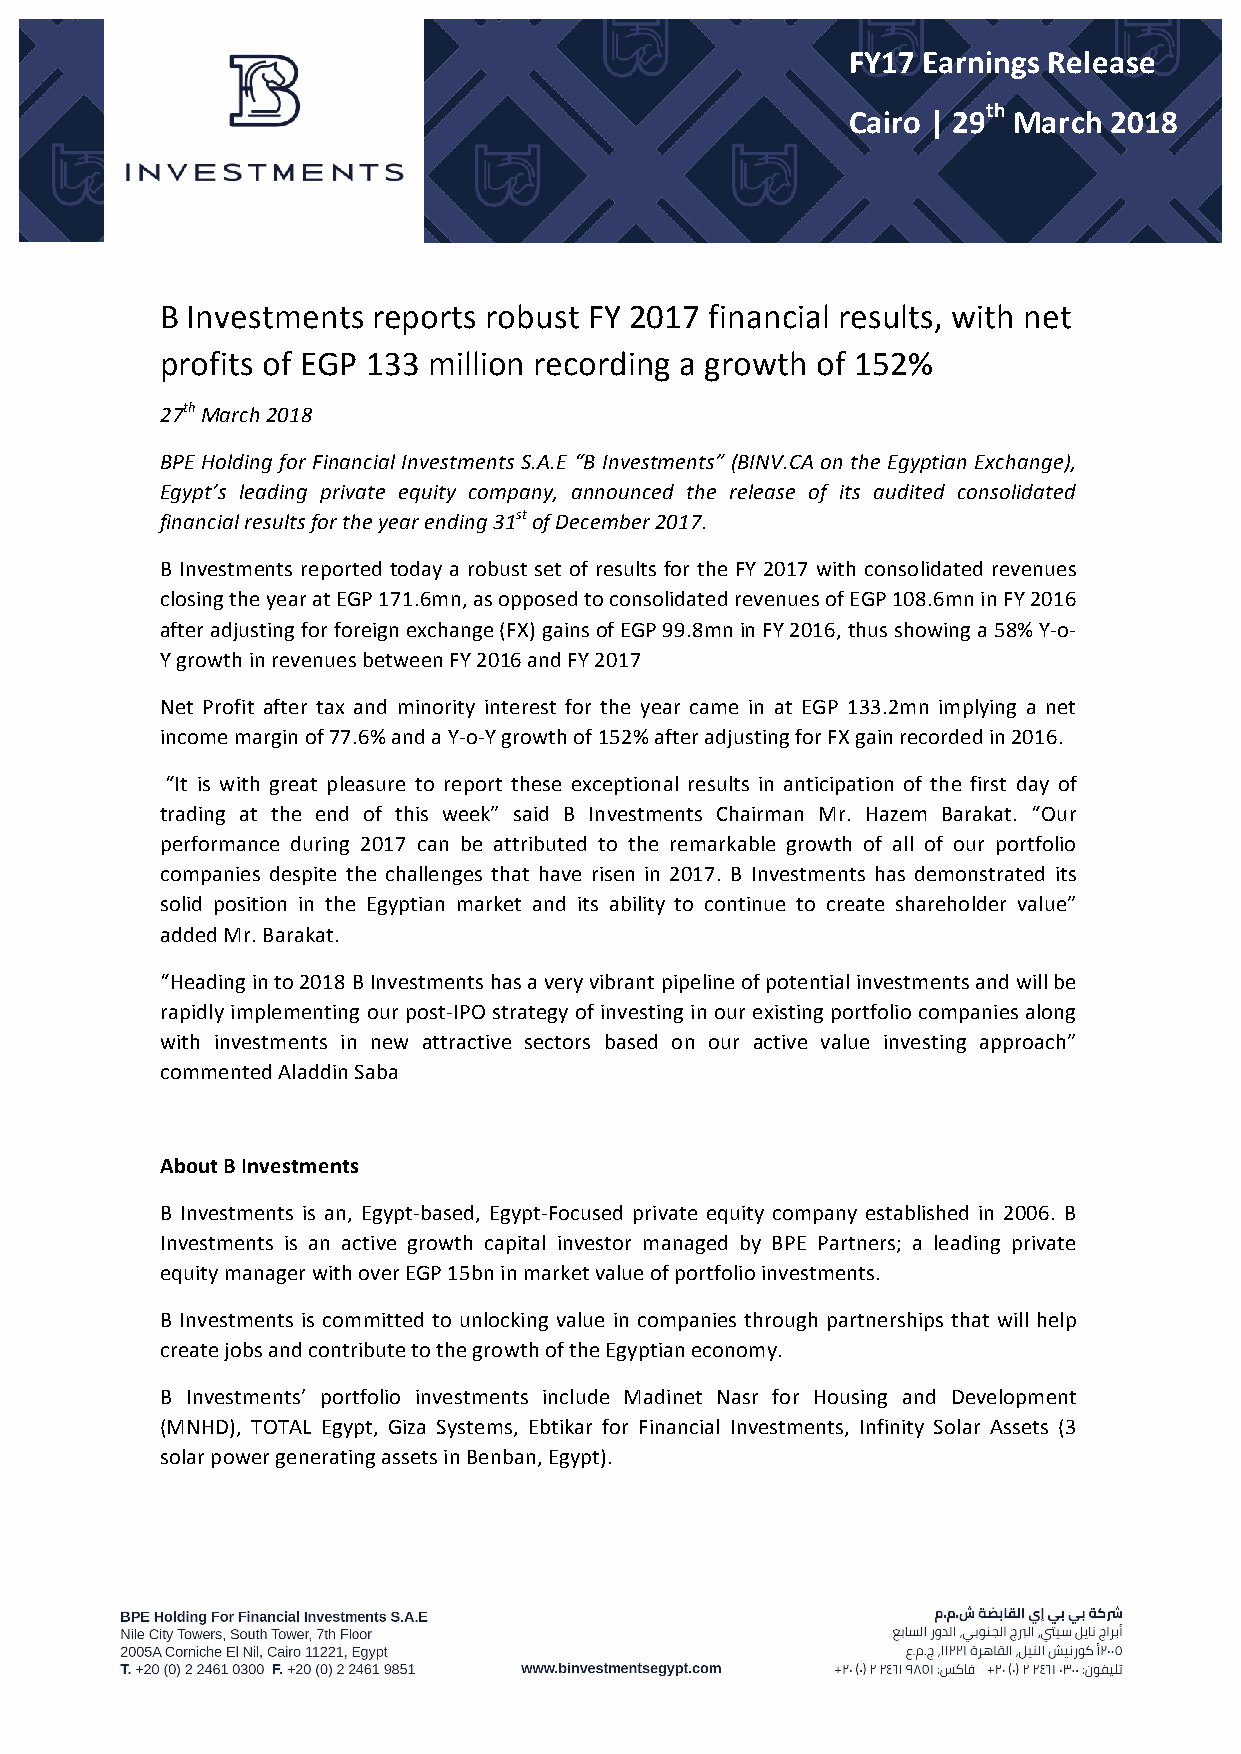
FY17 Earnings Release
 th
 Cairo | 29 March 2018
 B Investments reports robust FY 2017 financial results, with net
 profits of EGP 133 million recording a growth of 152%
 27th March 2018
 BPE Holding for Financial Investments S.A.E “B Investments” (BINV.CA on the Egyptian Exchange),
 Egypt’s leading private equity company, announced the release of its audited consolidated
 financial results for the year ending 31st of December 2017.
 B Investments reported today a robust set of results for the FY 2017 with consolidated revenues
 closing the year at EGP 171.6mn, as opposed to consolidated revenues of EGP 108.6mn in FY 2016
 after adjusting for foreign exchange (FX) gains of EGP 99.8mn in FY 2016, thus showing a 58% Y-­‐o-­‐
 Y growth in revenues between FY 2016 and FY 2017
 Net Profit after tax and minority interest for the year came in at EGP 133.2mn implying a net
 income margin of 77.6% and a Y-­‐o-­‐Y growth of 152% after adjusting for FX gain recorded in 2016.
 “It is with great pleasure to report these exceptional results in anticipation of the first day of
 trading at the end of this week” said B Investments Chairman Mr. Hazem Barakat. “Our
 performance during 2017 can be attributed to the remarkable growth of all of our portfolio
 companies despite the challenges that have risen in 2017. B Investments has demonstrated its
 solid position in the Egyptian market and its ability to continue to create shareholder value”
 added Mr. Barakat.
 “Heading in to 2018 B Investments has a very vibrant pipeline of potential investments and will be
 rapidly implementing our post-­‐IPO strategy of investing in our existing portfolio companies along
 with investments in new attractive sectors based on our active value investing approach”
 commented Aladdin Saba
 About B Investments
 B Investments is an, Egypt-­‐based, Egypt-­‐Focused private equity company established in 2006. B
 Investments is an active growth capital investor managed by BPE Partners; a leading private
 equity manager with over EGP 15bn in market value of portfolio investments.
 B Investments is committed to unlocking value in companies through partnerships that will help
 create jobs and contribute to the growth of the Egyptian economy.
 B Investments’ portfolio investments include Madinet Nasr for Housing and Development
 (MNHD), TOTAL Egypt, Giza Systems, Ebtikar for Financial Investments, Infinity Solar Assets (3
 solar power generating assets in Benban, Egypt).